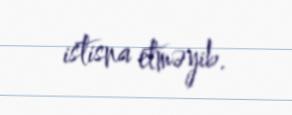
istisna etməyib.